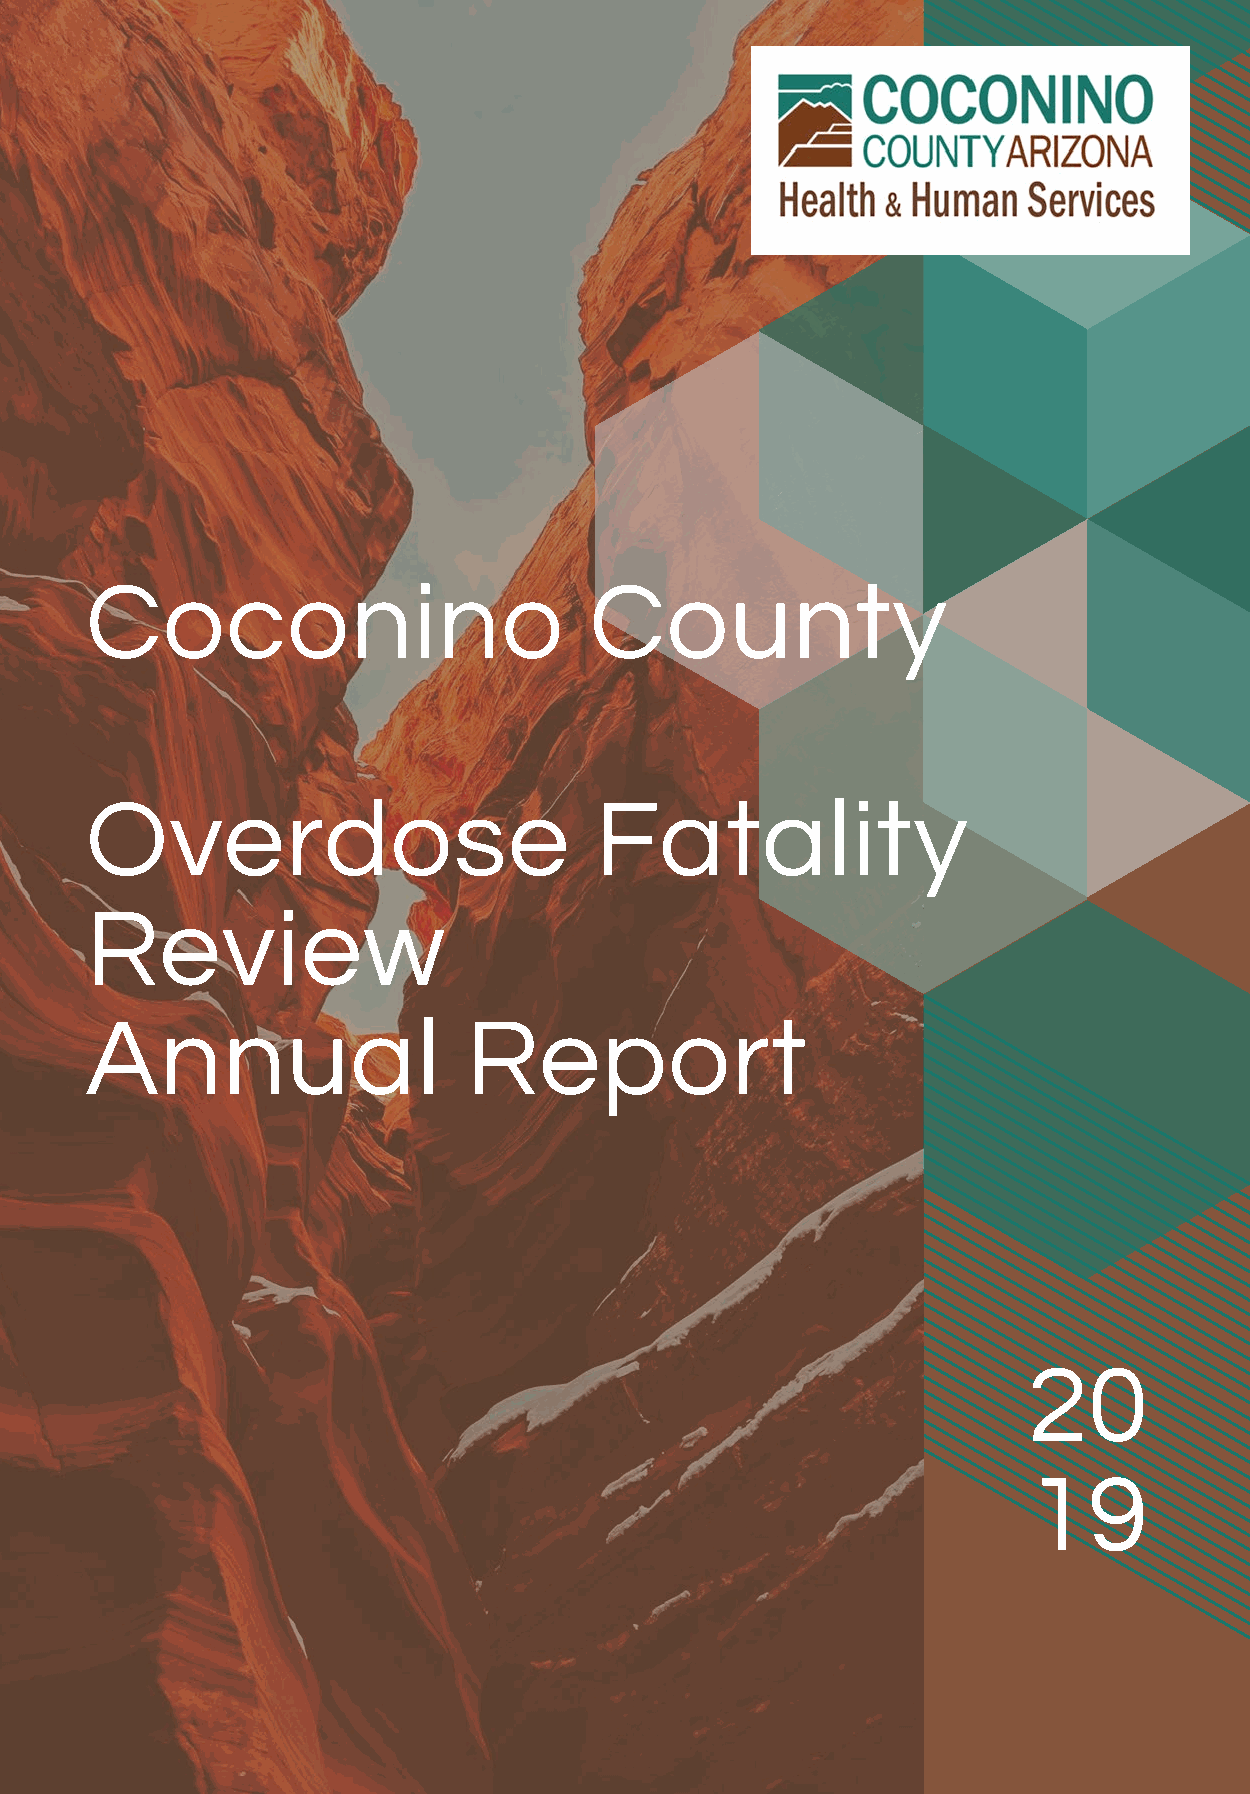
Coconino                         County
 Overdose                         Fatality
 Review
 Annual                   Report
 20
 19